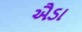
ઐડા